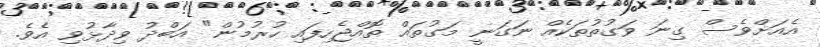
އެއަށްވެސް ގިނަ ވަގުތުތަކެއް ނަގަނީ މަގުތައް ތޮއްޖެހިފައި ހުރުމުން" އަބްދު ވިދާޅުވި އެވެ.